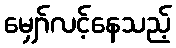
မျှော်လင့်နေသည့်